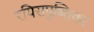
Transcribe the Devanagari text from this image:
रयिसपुब्लिका